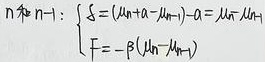
$n$和$n - 1$:
\(\begin{cases}
\xi=(\lambda_{n} a_{n}-\lambda_{n - 1}a_{n - 1})=\lambda_{n} \lambda_{n - 1}r_{n}\\
F=-\beta(\lambda_{n}-\lambda_{n - 1})
\end{cases}\)